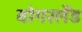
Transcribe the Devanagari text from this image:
वोगरलैंड